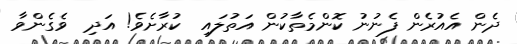
ދެން އެއުރެން ފެނުނު ކޮންމެތާކުން އަތުލައި  ކުރާށެވެ! އަދި  ވެގެންވާ